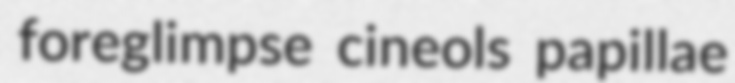
foreglimpse cineols papillae